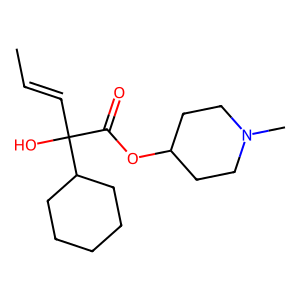
SMILES: CC=CC(O)(C(=O)OC1CCN(C)CC1)C1CCCCC1
Inhibits HIV replication: No